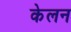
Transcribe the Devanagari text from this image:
केलन